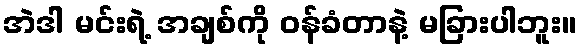
အဲဒါ မင်းရဲ့ အချစ်ကို ဝန်ခံတာနဲ့ မခြားပါဘူး။